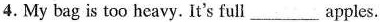
4. My bag is too heavy. It's full___apples.